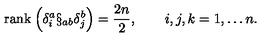
\mathrm { r a n k } \: \Bigl ( \delta _ { i } ^ { a } \S _ { a b } \delta _ { j } ^ { b } \Bigr ) = \frac { 2 n } { 2 } , \qquad i , j , k = 1 , \ldots n .